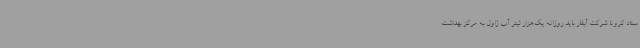
ستاد کرونا شرکت آبفار باید روزانه یک‌هزار لیتر آب ژاول به مرکز بهداشت